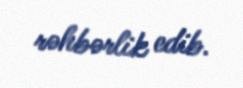
rəhbərlik edib.